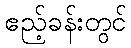
ဧည့်ခန်းတွင်